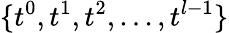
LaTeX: \{ t^{0},t^{1},t^{2},...,t^{l-1}\}